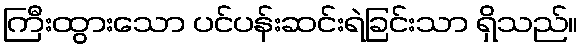
ကြီးထွားသော ပင်ပန်းဆင်းရဲခြင်းသာ ရှိသည်။